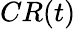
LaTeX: CR(t)